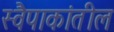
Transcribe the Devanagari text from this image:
स्वैपाकांतील